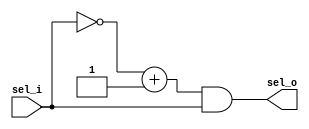
module one_hot_priority_encoder (
	sel_i,
	sel_o
);
	parameter [31:0] SEL_WIDTH = 8;
	input wire [SEL_WIDTH - 1:0] sel_i;
	output wire [SEL_WIDTH - 1:0] sel_o;
	localparam [31:0] SEL_ID_WIDHT = $clog2(SEL_WIDTH);
	wire [SEL_WIDTH - 1:0] sel_mask;
	assign sel_mask = (~sel_i + 1'b1) & sel_i;
	assign sel_o = sel_mask;
endmodule